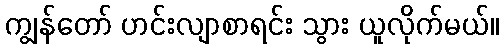
ကျွန်တော် ဟင်းလျာစာရင်း သွား ယူလိုက်မယ်။